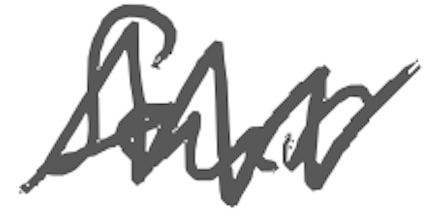
Text: four
Cross-out: zig-zag
Writing tool: digital_gray